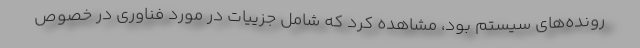
رونده‌های سیستم بود، مشاهده کرد که شامل جزییات در مورد فناوری در خصوص